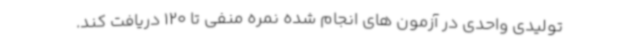
تولیدی واحدی در آزمون های انجام شده نمره منفی تا 120 دریافت کند.